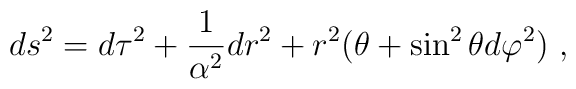
ds^2=d\tau^2+\frac{1}{\alpha^2}dr^2+r^2(\theta+\sin^2\theta d\varphi^2)\ ,